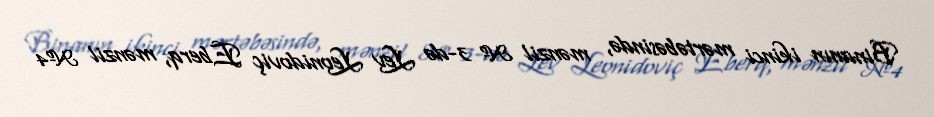
Binanın ikinci mərtəbəsində, mənzil № 3-də Lev Leonidoviç Eberq, mənzil №4